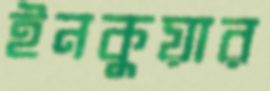
ইনকুয়ার